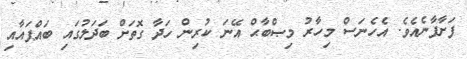
ފަށާފާނެއެވެ. އެހެނަސް މިހާރު މިޞްބާޙް އޭނަ ކުރިން ހަދާ ގޮތަށް ބަދަލުގައި ބައްޕައާއި